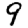
Digit: 9